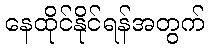
နေထိုင်နိုင်ရန်အတွက်